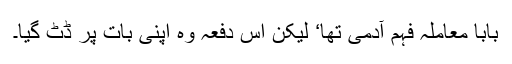
بابا معاملہ فہم آدمی تھا‘ لیکن اس دفعہ وہ اپنی بات پر ڈٹ گیا۔